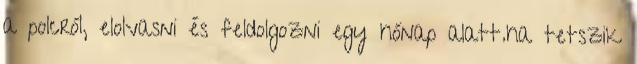
a polcról, elolvasni és feldolgozni egy hónap alatt.ha tetszik